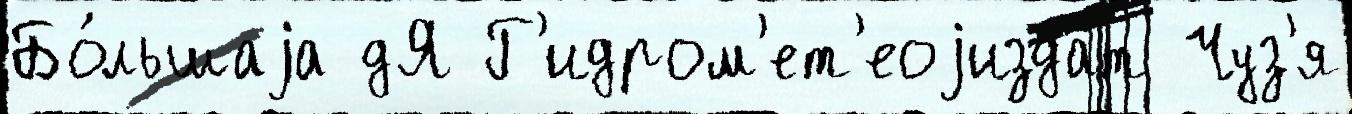
Бо́льшаjа дЯ Г'идром'ет'еоjиздат Чуз'я